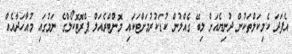
އެފަދަ ކެމިކަލްތަކުން ދުނިޔެއަށް ލިބޭ ގެއްލުން ކުޑަކުރުމަށްޓަކައި މޮންޓްރެއަލް ޕްރޮޓޮކޯލްގެ ނަމުގައި މުއާހަދާއެއް